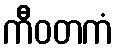
ကီဝတကံ